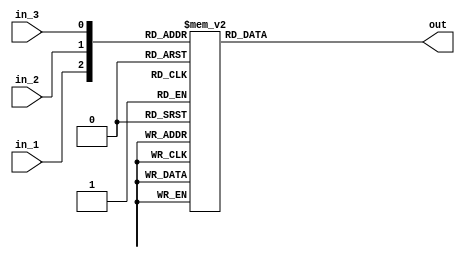
module decoder
(
    input   wire    in_1,
    input   wire    in_2,
    input   wire    in_3,
    
    output  reg    [7:0]   out 
);

/* always@(*)
    if({in_1,in_2,in_3}==3'b000)
        out = 8'b0000_0001;
    else if({in_1,in_2,in_3}==3'b001)
        out = 8'b0000_0010;
    else if({in_1,in_2,in_3}==3'b010)
        out = 8'b0000_0100;
    else if({in_1,in_2,in_3}==3'b011)
        out = 8'b0000_1000;
    else if({in_1,in_2,in_3}==3'b100)
        out = 8'b0001_0000;
    else if({in_1,in_2,in_3}==3'b101)
        out = 8'b0010_0000;
    else if({in_1,in_2,in_3}==3'b110)
        out = 8'b0100_0000;
    else if({in_1,in_2,in_3}==3'b111)
        out = 8'b1000_0000;
    else
         out = 8'b0000_0001; */
         
always@(*)
    case({in_1,in_2,in_3})
    3'b000:out = 8'b0000_0001;
    3'b001:out = 8'b0000_0010;
    3'b010:out = 8'b0000_0100;
    3'b011:out = 8'b0000_1000;
    3'b100:out = 8'b0001_0000;
    3'b101:out = 8'b0010_0000;
    3'b110:out = 8'b0100_0000;
    3'b111:out = 8'b1000_0000;
    default:out = 8'b0000_0001;
    endcase
endmodule